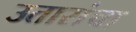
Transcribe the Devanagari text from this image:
उतारांचा